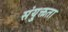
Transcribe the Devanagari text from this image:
संयु्क्तता